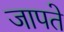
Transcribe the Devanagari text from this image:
जापते